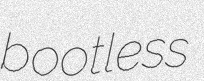
bootless